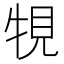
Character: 𤙧